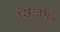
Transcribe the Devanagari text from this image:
सिल्वर्मेंन